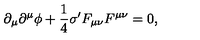
\partial _ { \mu } \partial ^ { \mu } \phi + \frac { 1 } { 4 } \sigma ^ { \prime } F _ { \mu \nu } F ^ { \mu \nu } = 0 ,